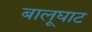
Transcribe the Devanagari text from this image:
बालूघाट